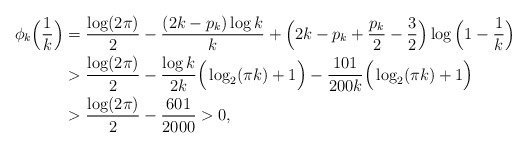
\begin{align*}\phi_k\Big(\frac{1}{k}\Big) & = \frac{\log(2\pi)}{2} - \frac{(2k-p_k)\log k}{k} + \Big(2k-p_k+\frac{p_k}{2}-\frac{3}{2}\Big)\log\Big(1-\frac{1}{k}\Big) \\& > \frac{\log(2\pi)}{2} - \frac{\log k}{2k} \Big(\log_2(\pi k) + 1\Big) - \frac{101}{200k}\Big(\log_2(\pi k) + 1\Big) \\& > \frac{\log(2\pi)}{2} - \frac{601}{2000} > 0,\end{align*}